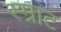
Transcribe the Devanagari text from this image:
स्म्राट